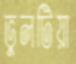
ভুলটিয়া